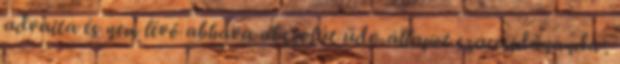
advaita és nem lévő abháva abszolút üdv-állapot szaccsidánanda .